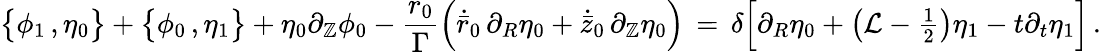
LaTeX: \bigl\{ \phi_{1}\, ,\eta_{0}\bigr\} +\bigl\{ \phi_{0}\, ,\eta_{1}\bigr\} +\eta_{0}\partial_{\mathbb{Z}}\phi_{0}-\frac{{{r_{0}}}}{{\Gamma}}\Bigl(\dot{{\bar{{r}}}}_{0}\, \partial_{R}\eta_{0}+\dot{{\bar{{z}}}}_{0}\, \partial_{\mathbb{Z}}\eta_{0}\Bigr)\, =\, \delta\Bigl[\partial_{R}\eta_{0}+\bigl(\mathcal{{L}}-{\textstyle\frac{1}{2}}\bigr)\eta_{1}-t\partial_{t}\eta_{1}\Bigr]\, .